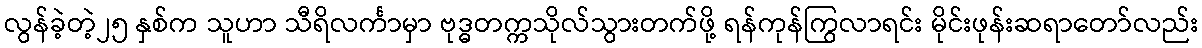
လွန်ခဲ့တဲ့၂၅ နှစ်က သူဟာ သီရိလင်္ကာမှာ ဗုဒ္ဓတက္ကသိုလ်သွားတက်ဖို့ ရန်ကုန်ကြွလာရင်း မိုင်းဖုန်းဆရာတော်လည်း